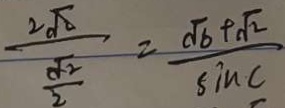
\frac { 2 \sqrt { 2 } } { \frac { \sqrt { 2 } } { 2 } } = \frac { ( \sqrt { 6 } + \sqrt { 2 } } { \sin C }